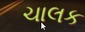
ચાલક